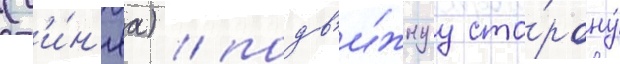
(с'и́н'яа) / подв'и́жнуу сто́рону